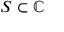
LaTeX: S \subset \mathbb { C }